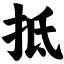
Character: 抵